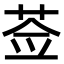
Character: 莶